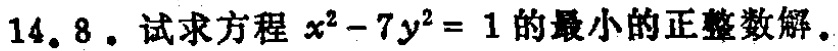
14. 8. 试求方程 \(x^{2}-7y^{2}=1\) 的最小的正整数解.